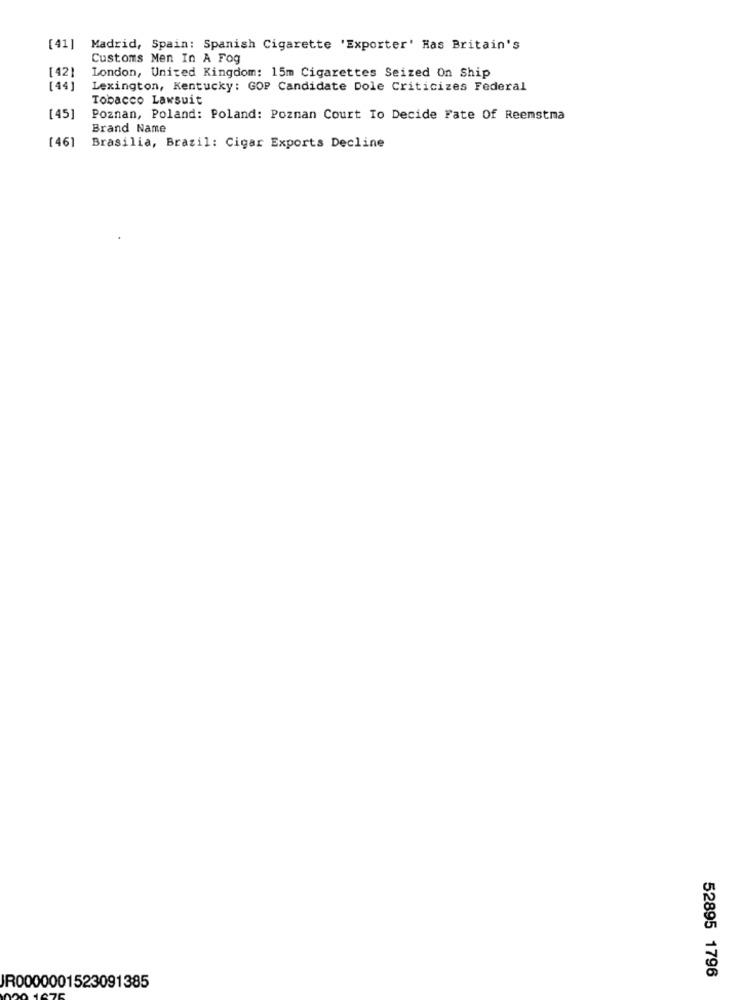
[41]
Madrid, Spain: Spanish Cigarette 'Exporter' Has Britain's
Customs Men In A Fog
[42]
London, United Kingdom: 15m Cigarettes Seized On Ship
[44]
Lexington, Kentucky: GOP Candidate Dole Criticizes Federal
Tobacco Lawsuit
[45]
Poznan, Poland: Poland: Poznan Court To Decide Fate Of Reemstma
Brand Name
[46]
Brasilia, Brazil: Cigar Exports Decline
52895 1796
JR0000001523091385